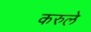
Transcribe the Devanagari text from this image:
करुले